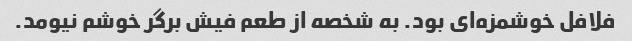
فلافل خوشمزه‌ای بود. به شخصه از طعم فیش برگر خوشم نیومد.